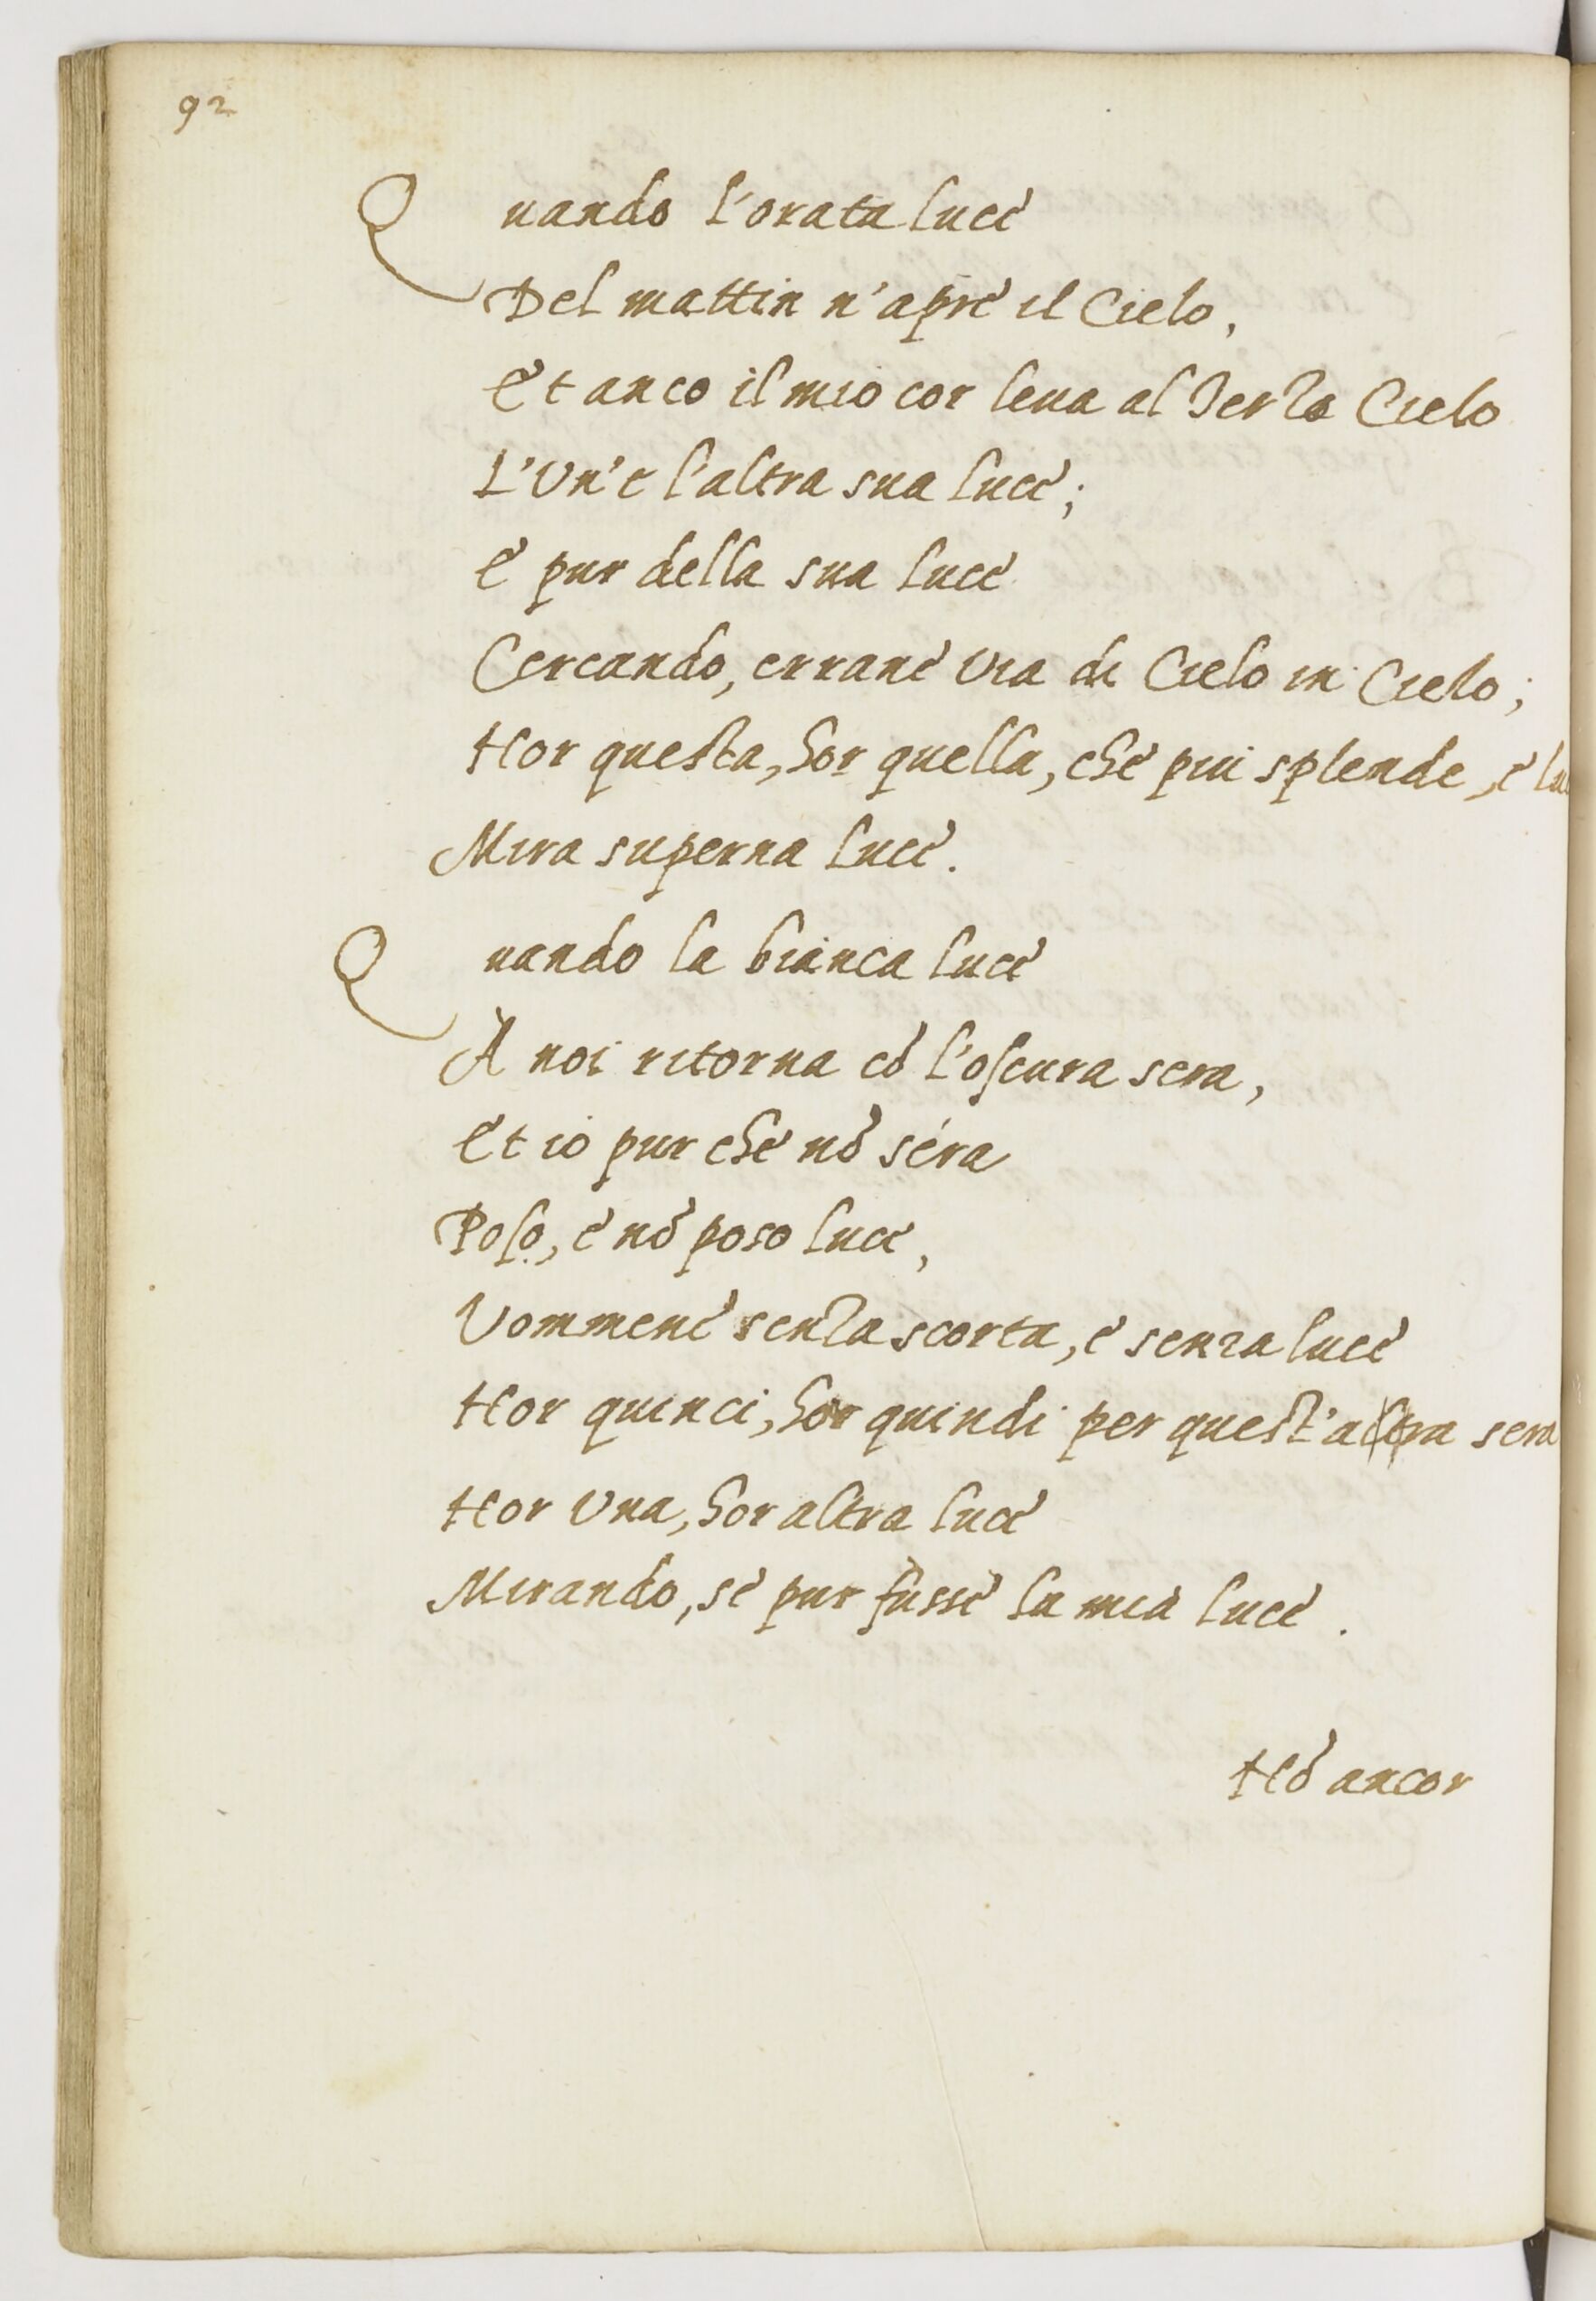
Shelfmark: Paris, BnF, ita. 1534
Century: 16